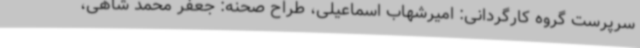
سرپرست گروه کارگردانی: امیرشهاب اسماعیلی، طراح صحنه: جعفر محمد شاهی،